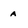
Character: a